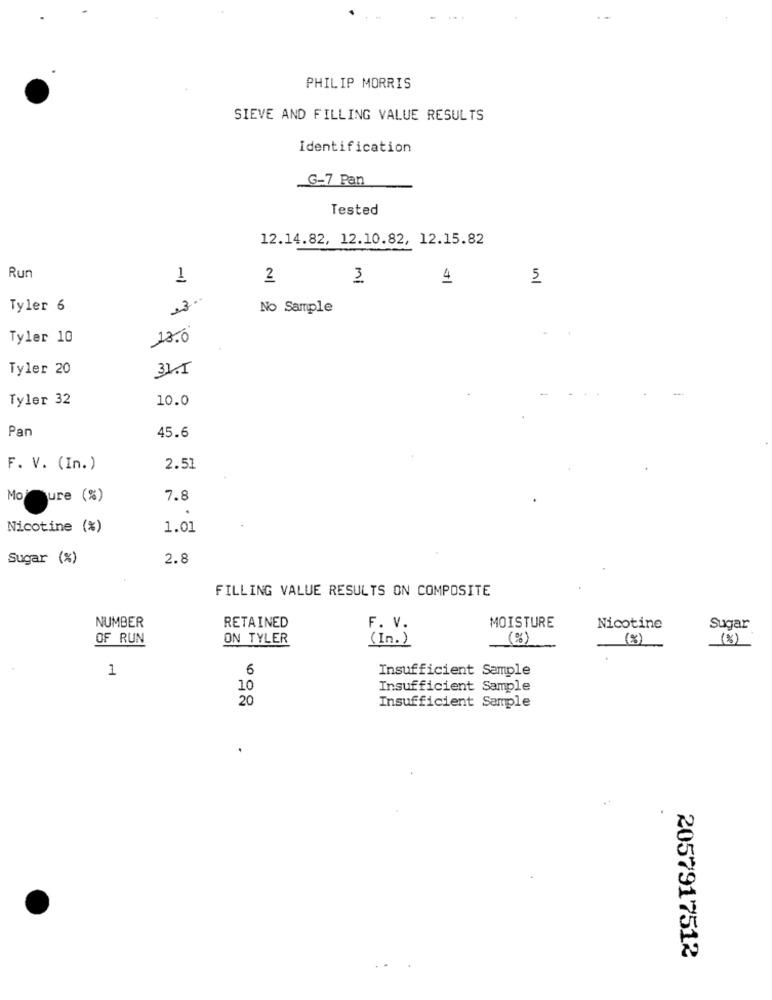
PHILIP MORRIS
SIEVE AND FILLING VALUE RESULTS
Identification
G-7 Pan
Tested
12.14.82, 12.10.82, 12.15.82
Run
1
2
3
4
5
13-
Tyler 6
No Sample
Tyler 10
18.0
Tyler 20
31.5
Tyler 32
10.0
Pan
45.6
F. V. (In.)
2.51
Moure (%)
7.8
.
Nicotine (%)
1.01
Sugar (%)
2.8
FILLING VALUE RESULTS ON COMPOSITE
MOISTURE
NUMBER
RETAINED
F. V.
Nicotine
Sugar
OF RUN
ON TYLER
( In . )
(%)
(%)
1
6
Insufficient Sample
10
Insufficient Sample
20
Insufficient Sample
2057917512